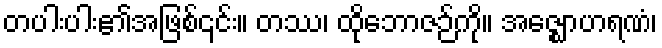
တပါးပါး၏အဖြစ်၎င်း။ တဿ၊ ထိုဘောဇဉ်ကို။ အဇ္ဈောဟရဏံ၊